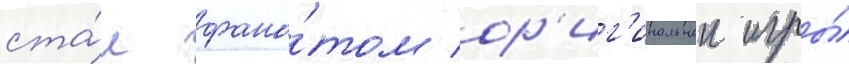
ста́л фана́том ор'иг'инальнои игры́